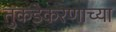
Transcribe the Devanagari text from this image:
तुकडेकरणाच्या